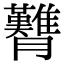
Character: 𦣊